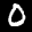
Label: 0